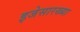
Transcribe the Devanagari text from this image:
इजेसारख्या